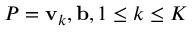
P = { \mathbf v } _ { k } , { \mathbf b } , 1 \le k \le K